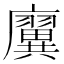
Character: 㢞